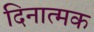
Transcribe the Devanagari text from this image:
दिनात्मक